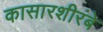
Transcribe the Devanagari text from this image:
कासारशीरंबे